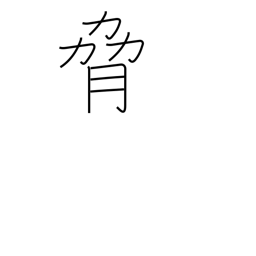
Meaning: coerce